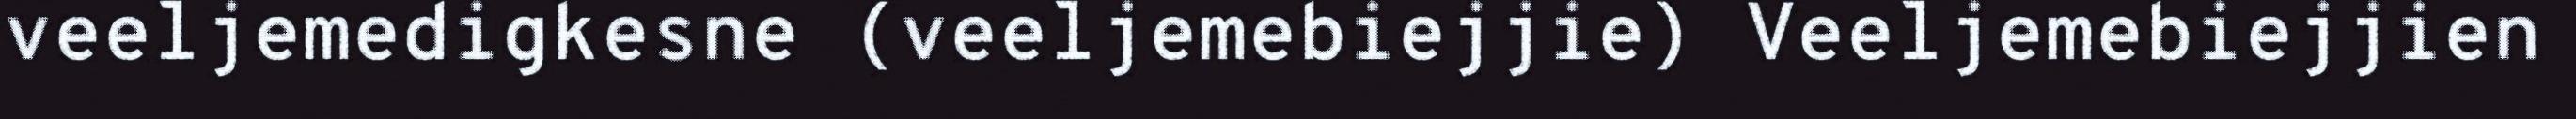
veeljemedigkesne (veeljemebiejjie) Veeljemebiejjien